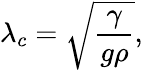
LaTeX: \lambda_{c}=\sqrt{\frac{\gamma}{g\rho}},